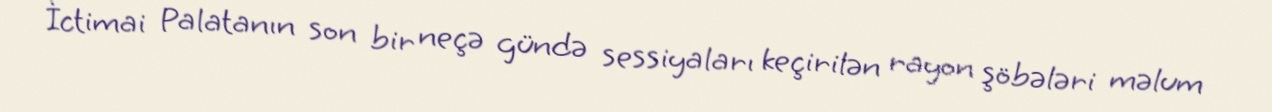
İctimai Palatanın son bir neçə gündə sessiyaları keçirilən rayon şöbələri məlum